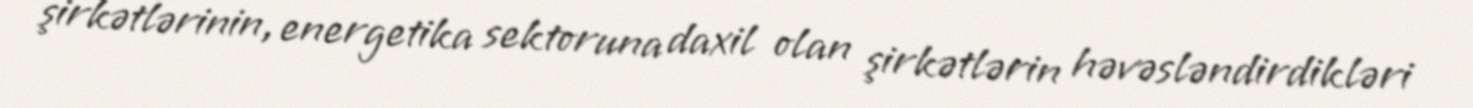
şirkətlərinin, energetika sektoruna daxil olan şirkətlərin həvəsləndirdikləri